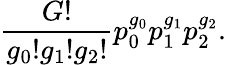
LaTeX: \frac{G!}{g_{0}!g_{1}!g_{2}!}p_{0}^{g_{0}}p_{1}^{g_{1}}p_{2}^{g_{2}}.